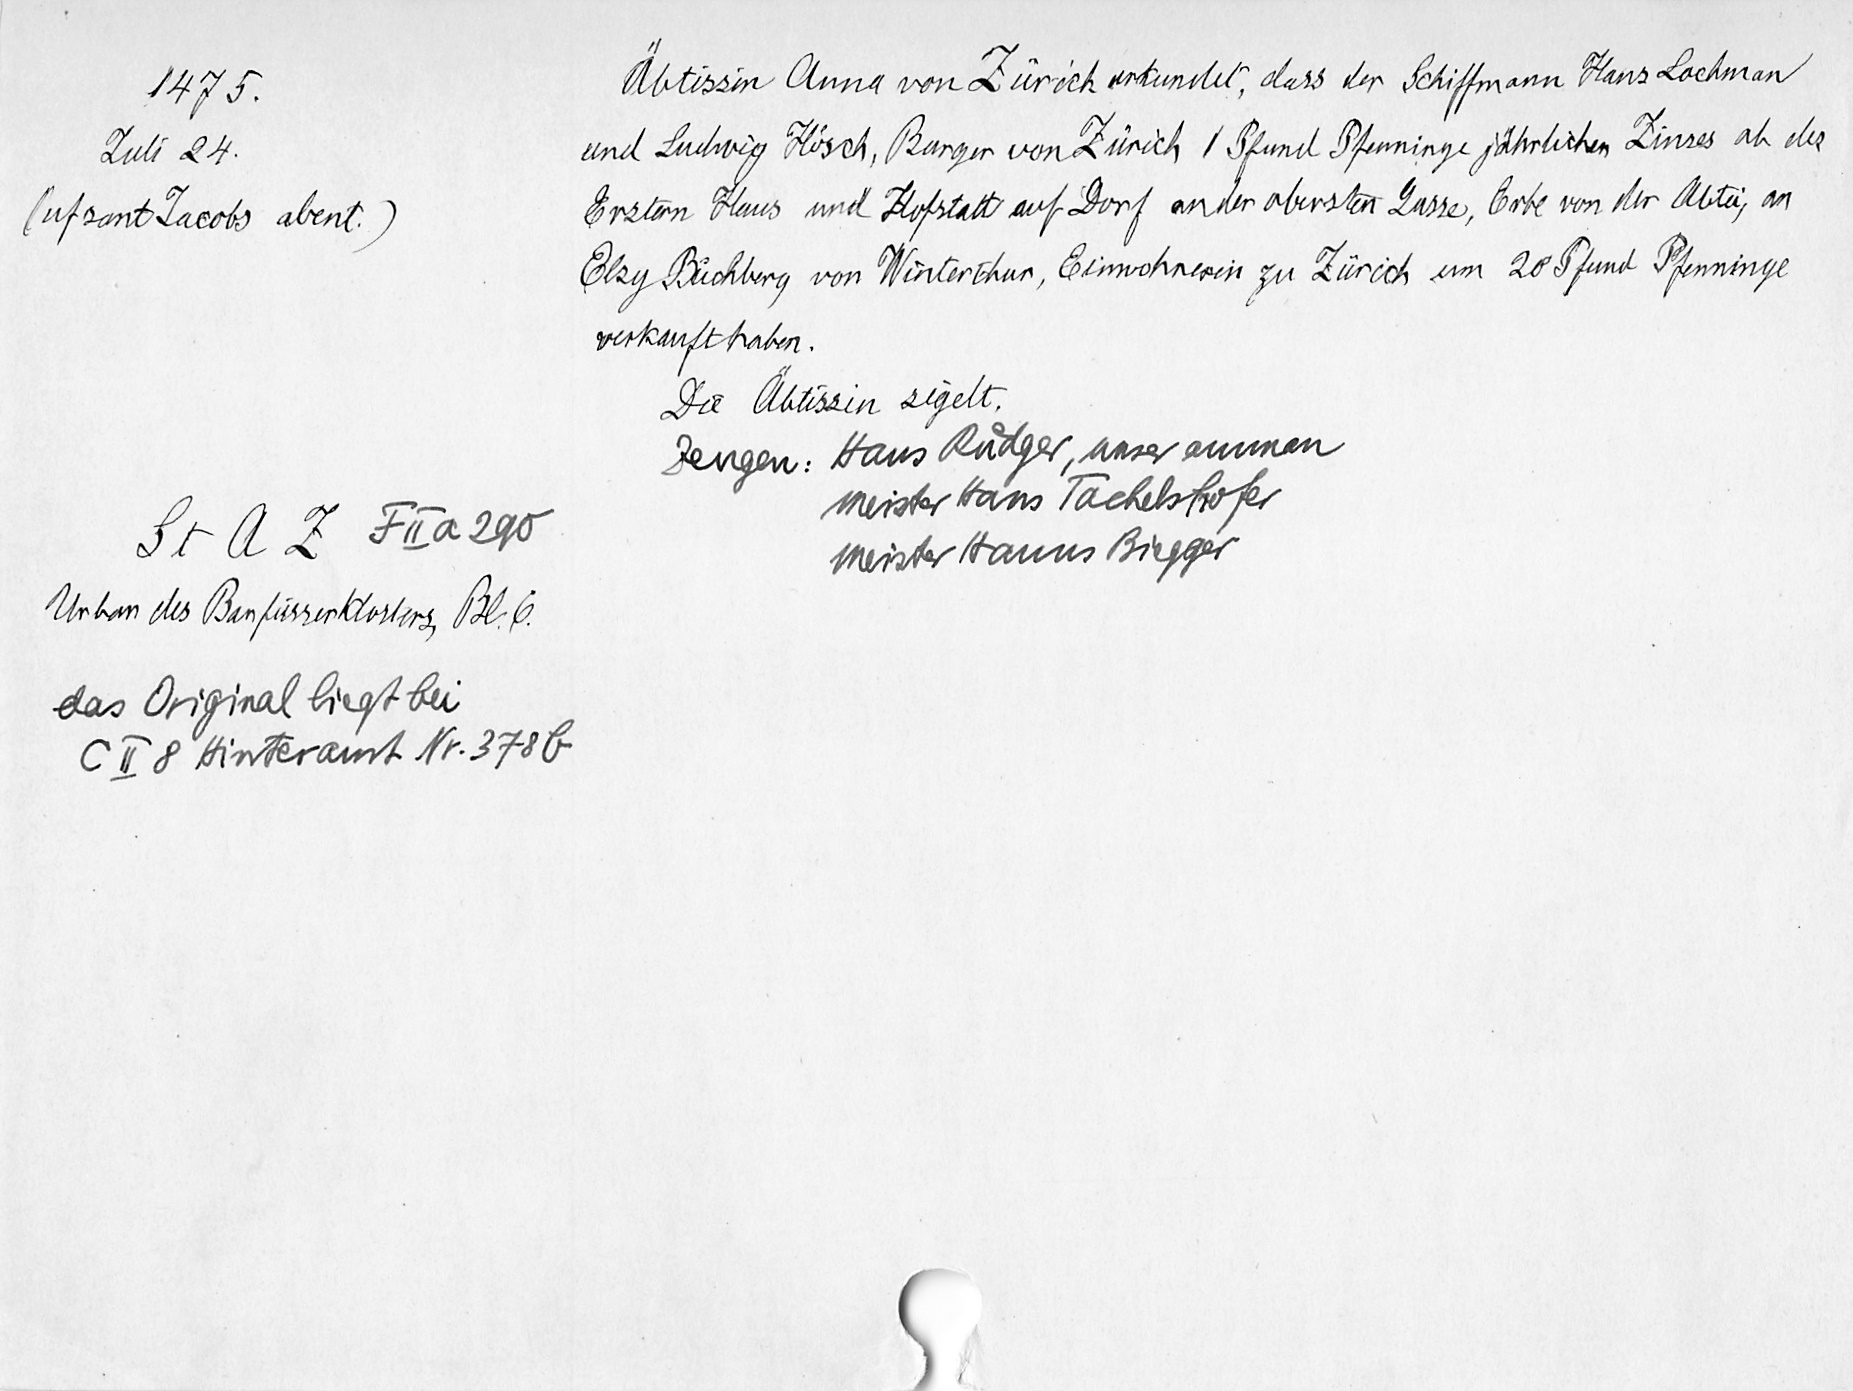
1475.
Juli 24.
(uf sant Jacobs abent.)
St. A. Z. F II a 290
Urbar des Barfüsserklosters, Bl. 6
das Original liegt bei
C II 8 Hinteramt Nr. 378 b

Äbtissin Anna von Zürich urkundet, dass der Schiffmann Hans Lochman
und Ludwig Hirsch, Burger von Zürich 1 Pfund Pfenninge jährlichen Zinses ab des
Erstern Haus und Hofstatt auf Dorf an der obersten Gasse, Erbe von der Abtei, an
Elsy Buͦchberg von Winterthur, Einwohnerin zu Zürich um 20 Pfund Pfenninge
verkauft haben.
Die Äbtissin sigelt.
Zeugen: Hans Ruͤdger, unser amman
Meister Hans Tachelshofer
Meister Hanns Biegger